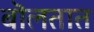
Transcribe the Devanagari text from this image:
बॊलतात